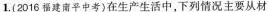
1.(2016福建南平中考)在生产生活中，下列情况主要从材